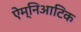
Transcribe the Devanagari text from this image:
ऐम्निआटिक